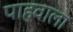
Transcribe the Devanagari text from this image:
पाहवाला